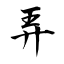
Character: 弄